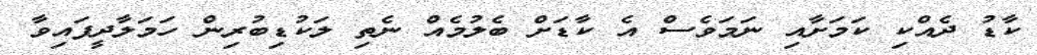
ކާޑު ދެއްކި ކަމަށާއި ނަމަވެސް އެ ކާޑަށް ބެލުމެއް ނެތި ލަކުޑިބުރިން ހަމަލާދީފައިވާ